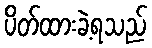
ပိတ်ထားခဲ့ရသည်